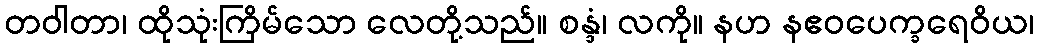
တဝါတာ၊ ထိုသုံးကြိမ်သော လေတို့သည်။ စန္ဒံ၊ လကို။ နဟ နဧဝပေက္ခရေဝိယ၊